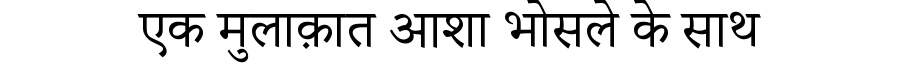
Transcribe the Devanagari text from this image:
एक मुलाक़ात आशा भोसले के साथ